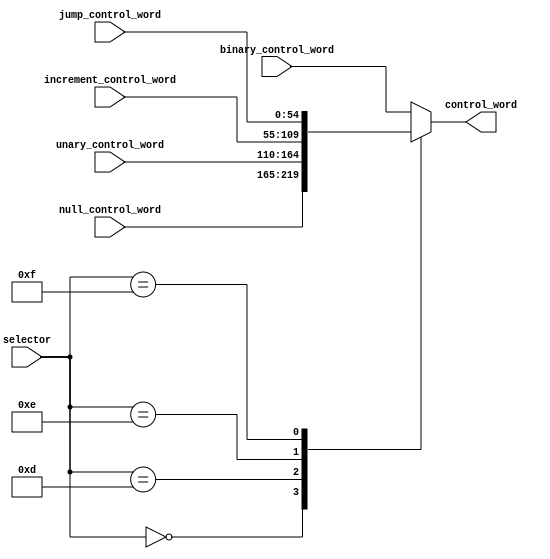
module control_word_selector(
  input[3:0] selector,
  input[54:0] null_control_word,
  input[54:0] binary_control_word,
  input[54:0] unary_control_word,
  input[54:0] increment_control_word,
  input[54:0] jump_control_word,
  output reg[54:0] control_word
  );

  localparam inst_null = 4'h0, inst_unar = 4'hD, inst_incr = 4'hE,
    inst_jump = 4'hF;

  always @(*) begin
    case(selector)
      inst_null: control_word = null_control_word;
      inst_unar: control_word = unary_control_word;
      inst_incr: control_word = increment_control_word;
      inst_jump: control_word = jump_control_word;
      default: control_word = binary_control_word;
    endcase
  end

endmodule